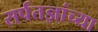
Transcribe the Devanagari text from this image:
सर्पतज्ञांच्या